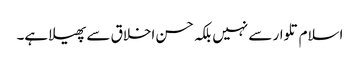
اسلام تلوار سے نہیں بلکہ حسن اخلاق سے پھیلا ہے۔